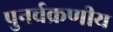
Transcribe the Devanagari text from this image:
पुनर्चक्रणीय